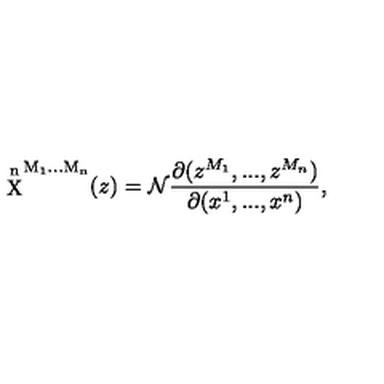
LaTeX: \mathrm { \stackrel { n } { X } ^ { M _ 1 . . . M _ n } } ( z ) = { \cal N } \frac { \partial ( z ^ { M _ { 1 } } , . . . , z ^ { M _ { n } } ) } { \partial ( x ^ { 1 } , . . . , x ^ { n } ) } ,